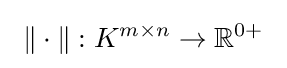
\ \|\cdot \|:K^{m\times n}\to \mathbb {R} ^{0+}\